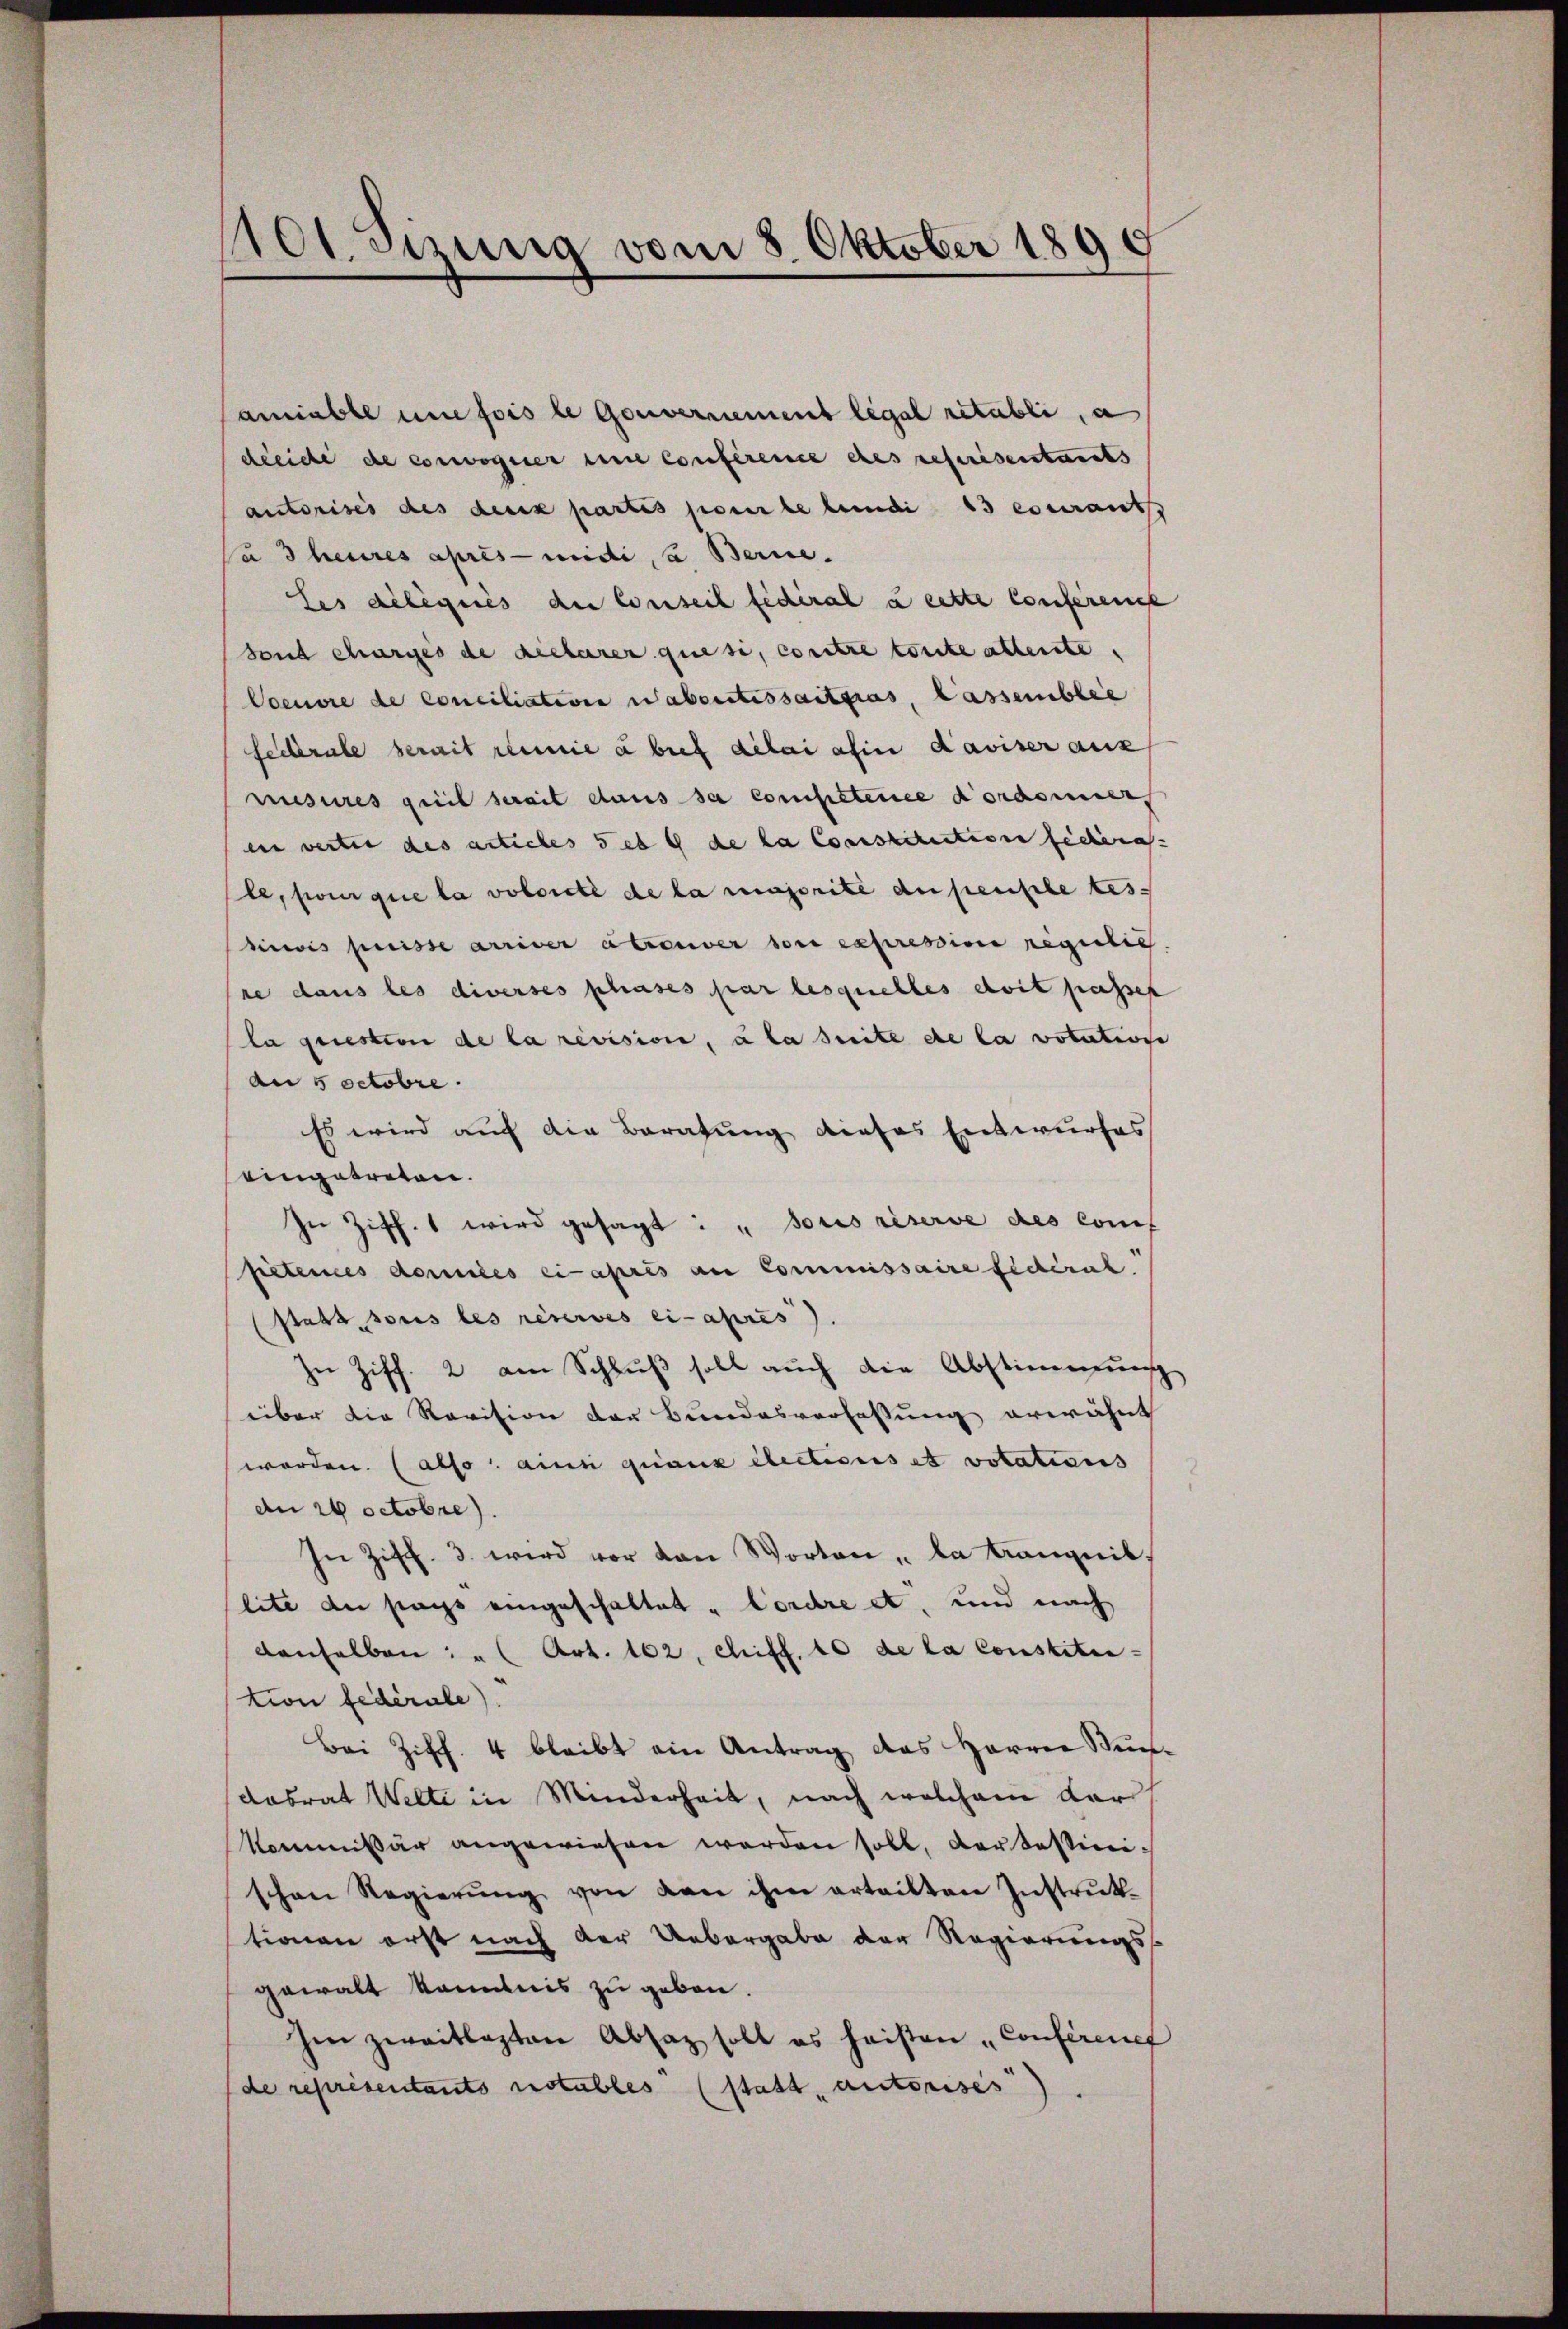
1101. Sizung vom 8. Oktober 1896
7

amiable une fois le Gouvernement legal retabli, a
dleiche de corwegner eine Conference des referesentants
autorisés des deux partis porirte kundi 13 essant
Ja 3 heures après-midi, a. Berne.
les délégués der Conseil fédéral u cette Conferenze
Fond charges de declarer que si, contre toute allente,
Coeuvre de Conciliation aberstessantgras, lassemblie
Seiterale berait remie abref délai ahin Laviser aus
mesures greit serait dans sa competene Kordonner
inn verter des articles 5 et 9 de la Constitution federa
le, pour que la volorité de la majorite ausenple tes
ivis puisse arriver atrouver von expression regulie
re dans les diverses phases par lesquelles choit passes
la question de la revision, à la suite de la votutione
an 5 Octobre.
Es wird auf die Beratung dieses Entwurfes
eingetreten.
In Ziff. 1 wird gesagt: "soris réserve des Conf
fietenes données ein apris an Commissaire federat.
statt, sous les réserves ci-apres).
Zu Ziff. 2 am Schluß soll auch die Abstimmung
über die Revision der Bundesverfassung erwähnt
worden. (also: ain quanz elections et votations
an 20 Octobre).
In Ziff. 3. wird vor den Worten, da trangeib.
lite der pass eingeschaltet „Cordre et, und nach
denselben: " Art. 162, chiff. 10 de la constitu
tion fédérale).
Bei Ziff. 4 bleibt ain Antrag des Herrn Wundasrat Welte in Minderheit, nach welchem dar
kommißär angewiesen werden soll, der tessinischen Regierŭng von den ihm erteilten Instrŭk-
tionen erst nach der Uebergabe der Regierungsgewalt kommnis zu geben.
Im zweitlagten Absatz soll es heisten Conferenef
de représentants notables (statt, autorises).